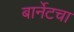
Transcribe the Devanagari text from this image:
बार्नेटचा